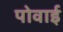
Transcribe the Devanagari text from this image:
पोवाई